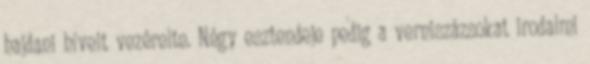
hajdani híveit vezérelte. Négy esztendeje pedig a verniszázsokat irodalmi